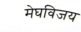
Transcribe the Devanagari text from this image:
मेघविजय